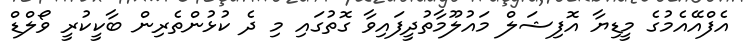
އެފްއޭއެމުގެ މީޑިޔާ އޮފިޝަލް މައުލޫމާތުދީފައިވާ ގޮތުގައި މި ދެ ކުޅުންތެރިން ބާކީކުރީ ވޯލްޑް